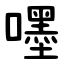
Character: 嚜